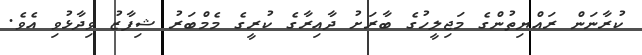
ކުރާނަން ރައްޔިތުންގެ މަޖިލީހުގެ ބާރަށު ދާއިރާގެ ކުރީގެ މެމްބަރު ޝިފާޒު ވިދާޅުވި އެވެ.